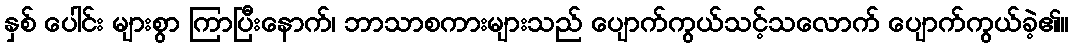
နှစ် ပေါင်း များစွာ ကြာပြီးနောက်၊ ဘာသာစကားများသည် ပျောက်ကွယ်သင့်သလောက် ပျောက်ကွယ်ခဲ့၏။